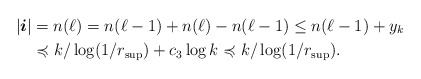
\begin{align*} | \boldsymbol{i} | &= n( \ell) = n( \ell - 1) + n (\ell) - n( \ell -1) \leq n( \ell -1) + y_k \\ & \preccurlyeq k / \log (1/ r_{\sup}) + c_3 \log k \preccurlyeq k / \log (1/ r_{\sup}) .\end{align*}